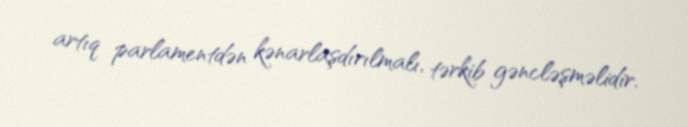
artıq parlamentdən kənarlaşdırılmalı, tərkib gəncləşməlidir.